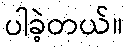
ပါခဲ့တယ်။